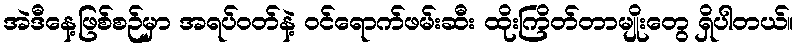
အဲဒီနေ့ဖြစ်စဉ်မှာ အရပ်ဝတ်နဲ့ ဝင်ရောက်ဖမ်းဆီး ထိုးကြိတ်တာမျိုးတွေ ရှိပါတယ်။